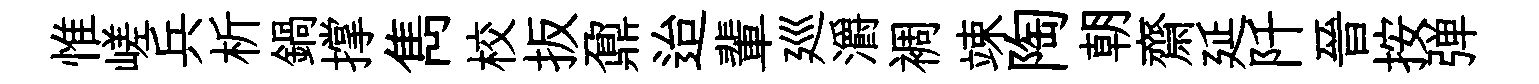
惟嵯兵析鍋撑雋校扳鼐迨輩廵灂裯竦陶朝齋延阡晉按弹